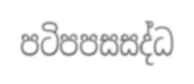
පටිපපසසද්ධ